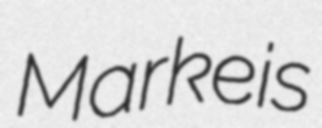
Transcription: Markeis